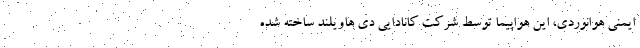
ایمنی هوانوردی، این هواپیما توسط شرکت کانادایی دی هاویلند ساخته شده